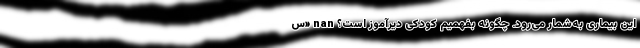
این بیماری به‌شمار می‌رود. چگونه بفهمیم کودکی دیرآموز است؟ nan «س